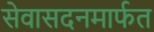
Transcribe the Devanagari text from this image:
सेवासदनमार्फत